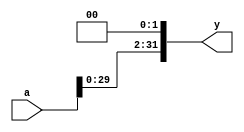
`timescale 1ns/1ns      



module sl2( input  [31:0] a,
            output  [31:0] y);
    // shift left by 2
    assign y = {a[29:0], 2'b00};
endmodule